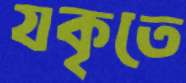
যকৃতে